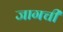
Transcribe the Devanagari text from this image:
जागची